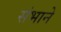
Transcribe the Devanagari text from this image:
संभाने